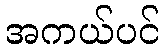
အကယ်ပင်